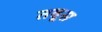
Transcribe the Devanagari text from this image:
तवूस